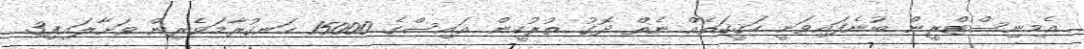
އެމިނިސްޓްރީން ބުނެފައިވަނީ ހަޤީޤަތެއް ނެތް ދޮގު ތުރުކީން އައިސްގެ 15000 ހަނގުރާމަވެރިން ވަށާލައިފި3